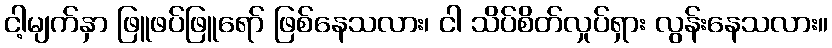
ငါ့မျက်နှာ ဖြူဖပ်ဖြူရော် ဖြစ်နေသလား၊ ငါ သိပ်စိတ်လှုပ်ရှား လွန်းနေသလား။